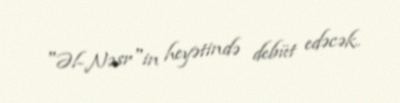
"Əl-Nəsr"in heyətində debüt edəcək.